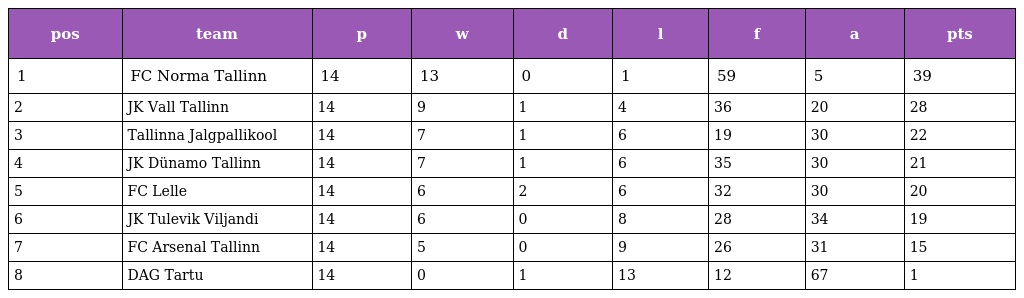
| pos | team | p | w | d | l | f | a | pts |
 | --- | --- | --- | --- | --- | --- | --- | --- | --- |
 | 1 | FC Norma Tallinn | 14 | 13 | 0 | 1 | 59 | 5 | 39 |
 | 2 | JK Vall Tallinn | 14 | 9 | 1 | 4 | 36 | 20 | 28 |
 | 3 | Tallinna Jalgpallikool | 14 | 7 | 1 | 6 | 19 | 30 | 22 |
 | 4 | JK Dünamo Tallinn | 14 | 7 | 1 | 6 | 35 | 30 | 21 |
 | 5 | FC Lelle | 14 | 6 | 2 | 6 | 32 | 30 | 20 |
 | 6 | JK Tulevik Viljandi | 14 | 6 | 0 | 8 | 28 | 34 | 19 |
 | 7 | FC Arsenal Tallinn | 14 | 5 | 0 | 9 | 26 | 31 | 15 |
 | 8 | DAG Tartu | 14 | 0 | 1 | 13 | 12 | 67 | 1 |